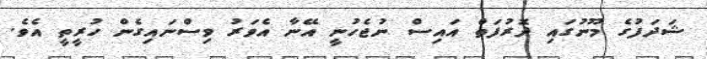
ޝަދަފުގެ މޫނުގައި ދޮރުފަތް އައިސް ނުޖެހުނީ އޭނާ އެވަރު ވިސްނައިގެން ހުރީތީ އެވެ.